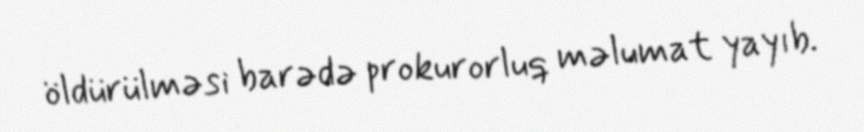
öldürülməsi barədə prokurorluq məlumat yayıb.